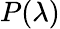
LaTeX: P(\lambda)